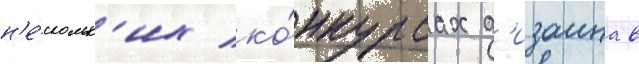
н'е́скольк'их ко́нкурсах д'изаина в